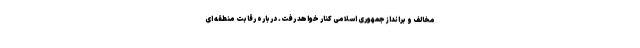
مخالف و برانداز جمهوری اسلامی کنار خواهد رفت. درباره رقابت منطقه ای